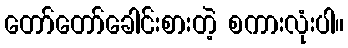
တော်တော်ခေါင်းစားတဲ့ စကားလုံးပါ။